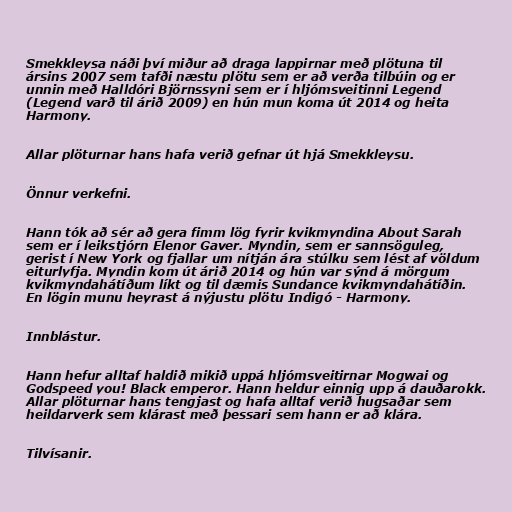
Smekkleysa náði því miður að draga lappirnar með plötuna til
ársins 2007 sem tafði næstu plötu sem er að verða tilbúin og er
unnin með Halldóri Björnssyni sem er í hljómsveitinni Legend
(Legend varð til árið 2009) en hún mun koma út 2014 og heita
Harmony.

Allar plöturnar hans hafa verið gefnar út hjá Smekkleysu.

Önnur verkefni.

Hann tók að sér að gera fimm lög fyrir kvikmyndina About Sarah
sem er í leikstjórn Elenor Gaver. Myndin, sem er sannsöguleg,
gerist í New York og fjallar um nítján ára stúlku sem lést af völdum
eiturlyfja. Myndin kom út árið 2014 og hún var sýnd á mörgum
kvikmyndahátíðum líkt og til dæmis Sundance kvikmyndahátíðin.
En lögin munu heyrast á nýjustu plötu Indigó - Harmony.

Innblástur.

Hann hefur alltaf haldið mikið uppá hljómsveitirnar Mogwai og
Godspeed you! Black emperor. Hann heldur einnig upp á dauðarokk.
Allar plöturnar hans tengjast og hafa alltaf verið hugsaðar sem
heildarverk sem klárast með þessari sem hann er að klára.

Tilvísanir.